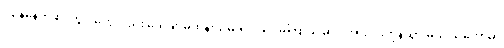
ကျန်နေတဲ့ စင့်ကွင်းတွေလည်း သေချာမထိန်းသိမ်းရင် သိပ်မကြာခင်မှာပဲ အားလုံးကုန်သွားမယ့် သဘောမှာ